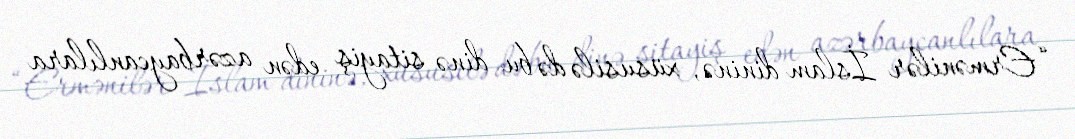
“Ermənilər İslam dininə, xüsusilə də bu dinə sitayiş edən azərbaycanlılara